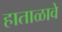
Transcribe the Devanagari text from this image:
हाताळावे